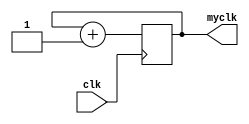
module DVM(
    input clk,
    output [32:1] myclk
    );
    reg [32:1] myclk;
    initial myclk = 0;
    always@(posedge clk)
    begin
    	myclk  = myclk + 1;
    end
    // myclk[0] 50MHZ
    // myclk[1] 25MHZ
    //...
    // myclk[19] 190HZ
    // myclk[20] 95HZ
endmodule